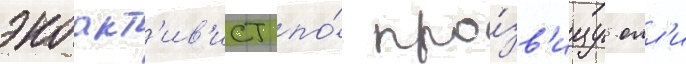
экоакт'ив'ист по́ про́зв'ищу олл'и